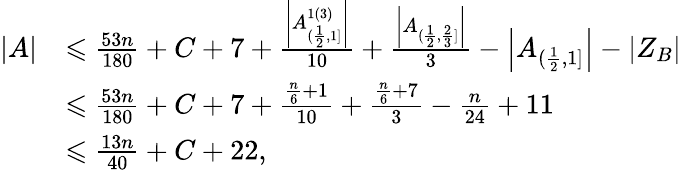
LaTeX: \begin{array}{rl}{|A|}&{\leqslant\frac{53n}{180}+C+7+\frac{\left|A_{(\frac{1}{2},1]}^{1(3)}\right|}{10}+\frac{\left|A_{(\frac{1}{2},\frac{2}{3}]}\right|}{3}-\left|A_{(\frac{1}{2},1]}\right|-\left|Z_{B}\right|}\\ &{\leqslant\frac{53n}{180}+C+7+\frac{\frac{n}{6}+1}{10}+\frac{\frac{n}{6}+7}{3}-\frac{n}{24}+11}\\ &{\leqslant\frac{13n}{40}+C+22,}\end{array}